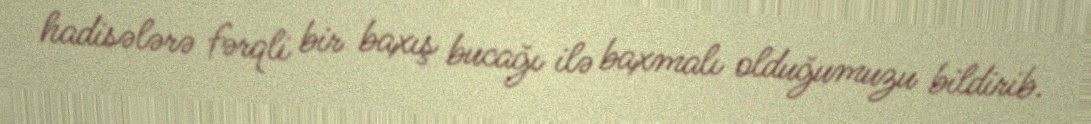
hadisələrə fərqli bir baxış bucağı ilə baxmalı olduğumuzu bildirib.